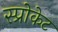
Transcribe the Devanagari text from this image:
स्प्रोकेट